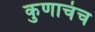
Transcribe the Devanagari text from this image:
कुणाचंच